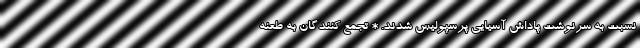
نسبت به سرنوشت پاداش آسیایی پرسپولیس شدند. * تجمع کنندگان به طعنه